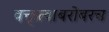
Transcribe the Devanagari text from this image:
वक्तृत्वाबरोबरच